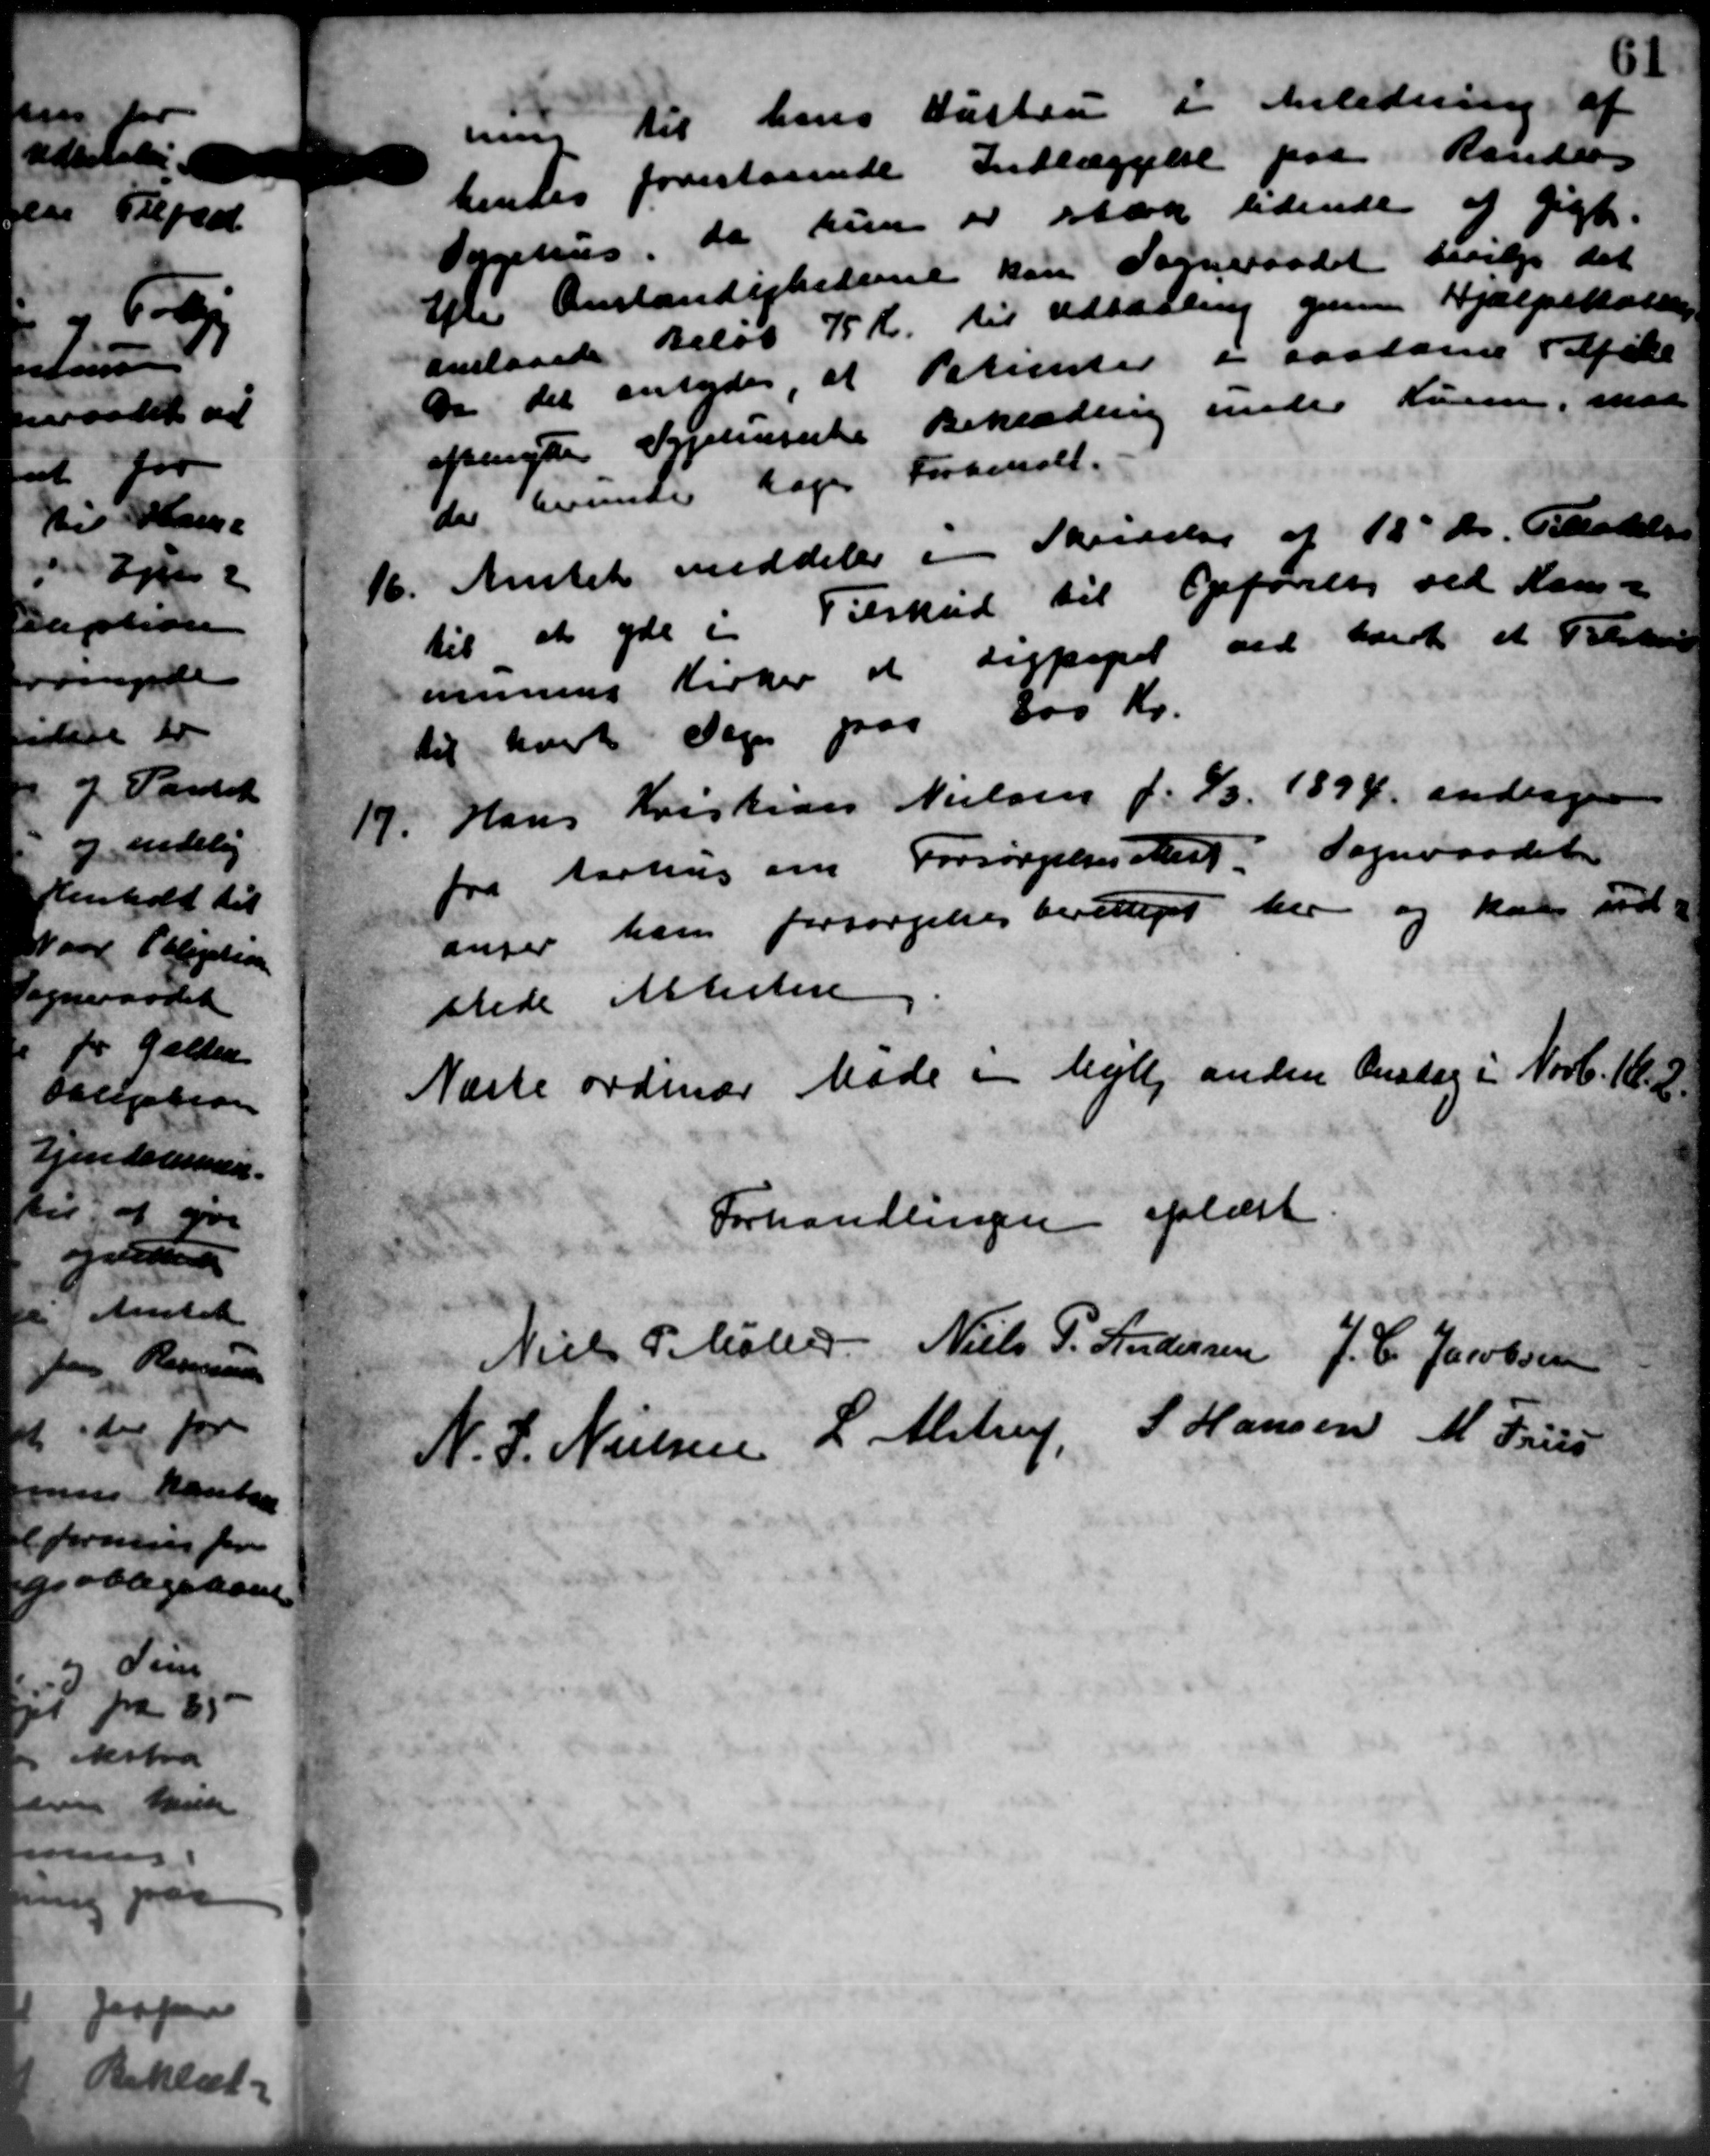
Transskription:
un til hans Hustru i Anledning af
hendes forestaaende Indlæggelse paa Randers
Sygehus, da hun er stæk lidende af gigt.
Efter Omstændighederne kan Sogneraadet bevilge det
anslaaede Beløb 75 Kr. til Udtalling givne Hjælpekassen
Da det antydes, at Patienter i saadanne Afde
opungte Sygehussens Beklædning under Kuren, med
der berede tages Forbendet.
16.
Amtet meddeler i Skrivelse af 18' ds. Bladels
til at yde i Tilskud til Opfører ved Kom-
ummens Kirker at derpapet ved lærdt et Tilskud
til hvert Sagen paa 300 Kr.
17.
Hans Kristian Nielsen f. 1/3 1894 andrager
fra Aarhus om Forsørgelsesberg. Sogneraadet
anser ham forsørgelsesberettiget her og kan ud-
stede Allester
Næste ordinær Møde i Mejlby anden Onsdag i Novb. 162
Forhandlingen oplæst
Niels P. Møller
Niels P. Andersen
J. C. Jacobsen
N. J. Nielse
L. Alstrup,
S. Hansen
M. Frelsen